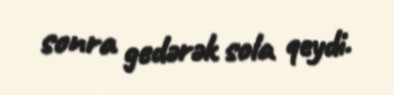
sonra gedərək sola qeydi.